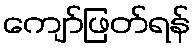
ကျော်ဖြတ်ရန်